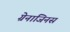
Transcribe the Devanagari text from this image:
ग्रेनाजिनस